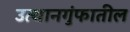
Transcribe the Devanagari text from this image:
उत्थानगुंफातील